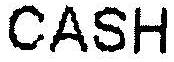
CASH